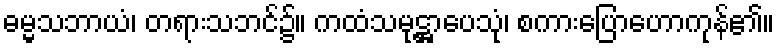
ဓမ္မသဘာယံ၊ တရားသဘင်၌။ ကထံသမုဋ္ဌာပေသုံ၊ စကားပြောဟောကုန်၏။